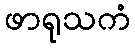
ဖာရုသကံ